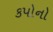
કપોનો